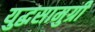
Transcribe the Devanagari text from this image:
युद्धसामुग्री